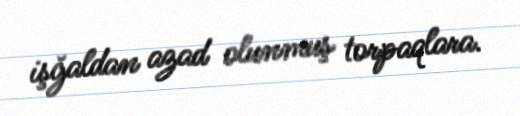
işğaldan azad olunmuş torpaqlara.